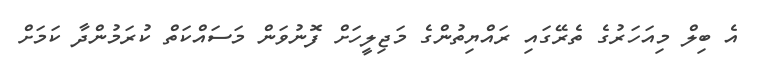
އެ ބިލް މިއަހަރުގެ ތެރޭގައި ރައްޔިތުންގެ މަޖިލީހަށް ފޮނުވަން މަސައްކަތް ކުރަމުންދާ ކަމަށް